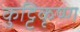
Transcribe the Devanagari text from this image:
कुट्टिकृष्ण